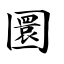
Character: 圜